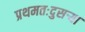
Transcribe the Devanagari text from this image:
प्रथमतःदुसऱ्या